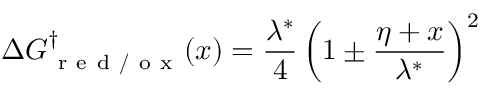
\Delta G _ { \mathrm { ~ r ~ e ~ d ~ / ~ o ~ x ~ } } ^ { \dag } ( x ) = \frac { \lambda ^ { * } } { 4 } \left( 1 \pm \frac { \eta + x } { \lambda ^ { * } } \right) ^ { 2 }